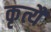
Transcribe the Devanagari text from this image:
कृत्यै